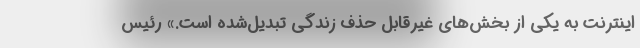
اینترنت به یکی از بخش‌های غیرقابل حذف زندگی تبدیل‌شده است.» رئیس